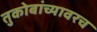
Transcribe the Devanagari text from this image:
तुकोबांच्यावरच